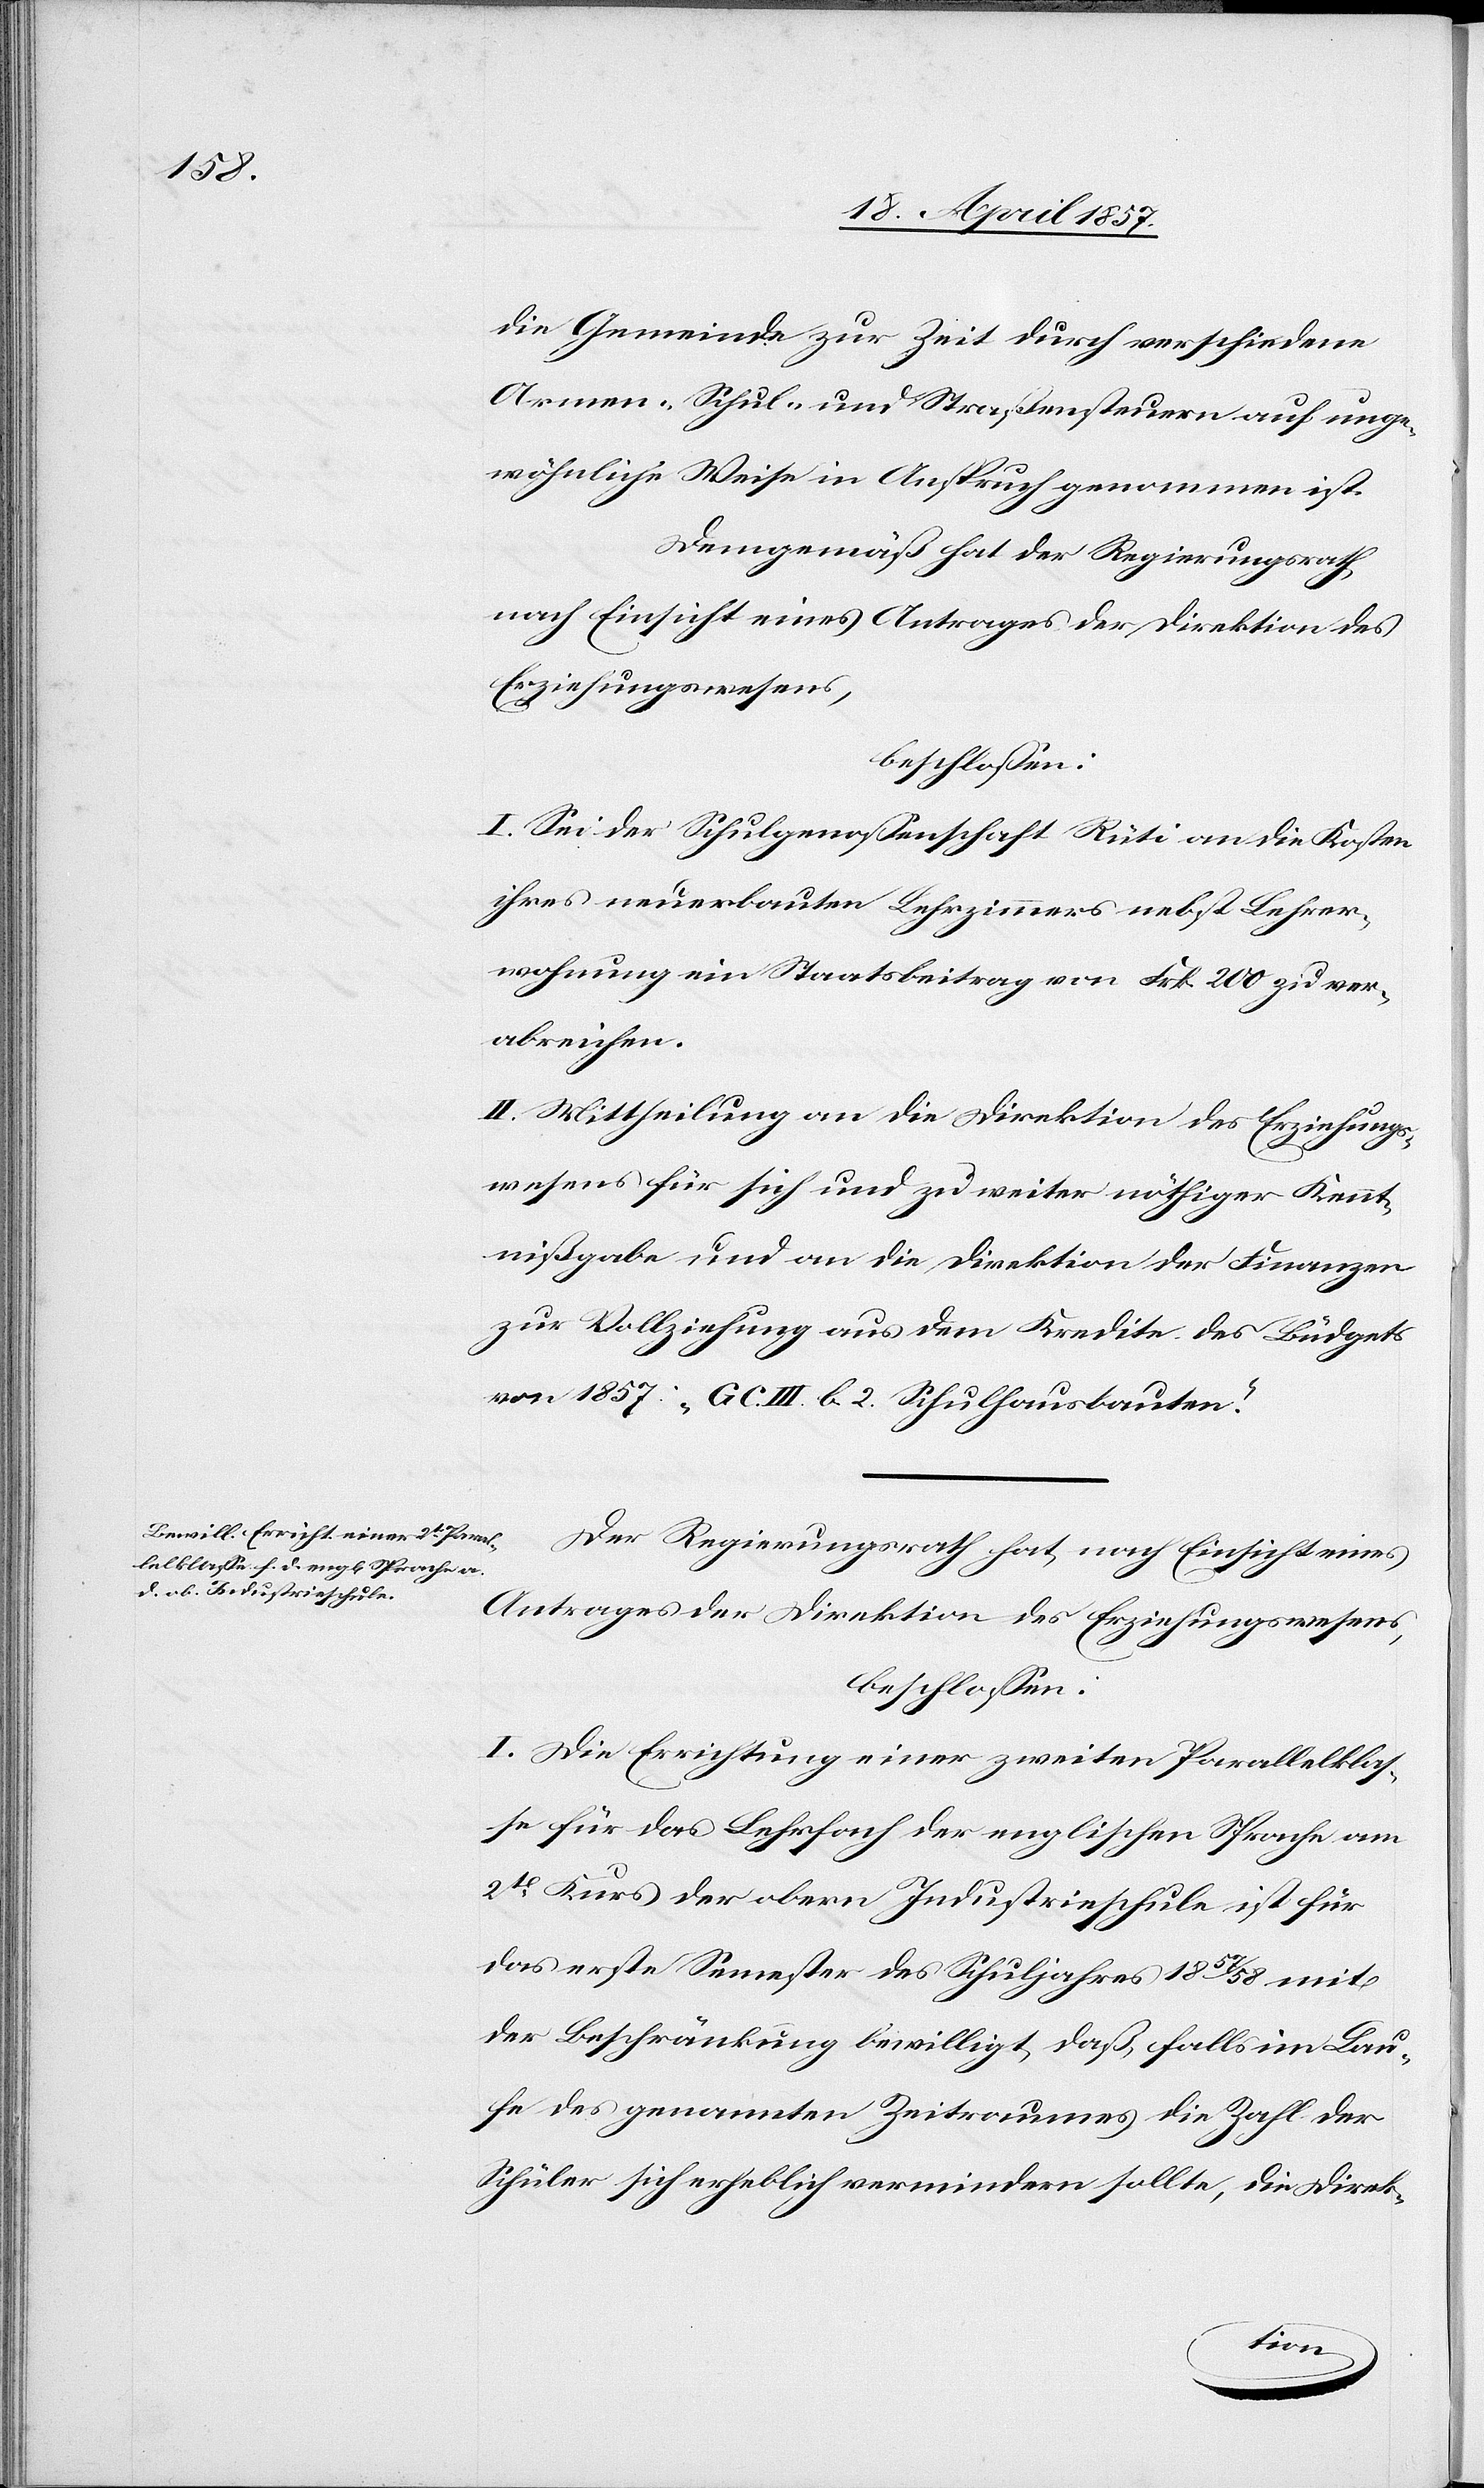
die Gemeinde zur Zeit durch verschiedene
Armen-[,] Schul- und Straßensteuern auf unge¬
wöhnliche Weise in Anspruch genommen ist.
Demgemäß hat der Regierungsrath,
nach Einsicht eines Antrages der Direktion des
Erziehungswesens,
beschlossen:
I. Sei der Schulgenossenschaft Rüti an die Kosten
ihres neuerbauten Lehrzimmers nebst Lehrer¬
wohnung ein Staatsbeitrag von Frk. 200 zu ver¬
abreichen.
II. Mittheilung an die Direktion des Erziehungs¬
wesens für sich und zu weiter nöthiger Kennt¬
nißgabe und an die Direktion der Finanzen
zur Vollziehung aus dem Kredite des Büdgets
von 1857: „G C. III. b. 2. Schulhausbauten“.
Der Regierungsrath hat, nach Einsicht eines
Antrages der Direktion des Erziehungswesens,
beschlossen:
I. Die Errichtung einer zweiten Parallelklas¬
se für das Lehrfach der englischen Sprache am
2t Kurs der obern Industrieschule ist für
das erste Semester des Schuljahres 1857/58 mit
der Beschränkung bewilligt, daß, falls im Lau¬
fe des genannten Zeitraumes die Zahl der
Schüler sich erheblich vermindern sollte, die Direk-